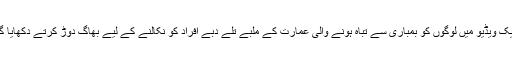
حملے کے بعد انٹرنیٹ پر جاری کی جانے والی ایک ویڈیو میں لوگوں کو بمباری سے تباہ ہونے والی عمارت کے ملبے تلے دبے افراد کو نکالنے کے لیے بھاگ دوڑ کرتے دکھایا گیا ہے جن میں کم از کم ایک خاتون بھی شامل ہیں۔